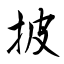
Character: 披